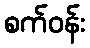
စက်ဝန်း